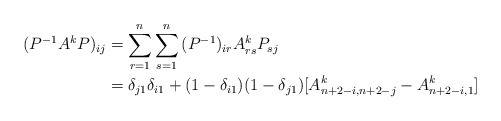
\begin{align*}(P^{ - 1} A^k P)_{ij} & = \sum\limits_{r = 1}^n {\sum\limits_{s = 1}^n {(P^{ - 1} )_{ir} A_{rs}^k P_{sj} } }\\&= \delta _{j1} \delta _{i1} + (1 - \delta _{i1} )(1 - \delta _{j1} )[A_{n + 2 - i,n + 2 - j}^k - A^k_{n + 2 - i,1}]\end{align*}